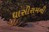
ઘાસીરામની